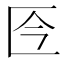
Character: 𠤮